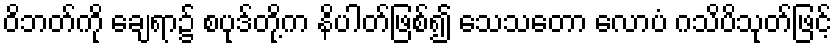
ဝိဘတ်ကို ချေရာ၌ စပုဒ်တို့က နိပါတ်ဖြစ်၍ သေသတော လောပံ ဂသိပိသုတ်ဖြင့်